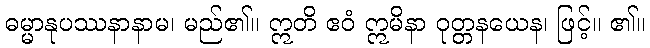
ဓမ္မာနုပဿနာနာမ၊ မည်၏။ ဣတိ ဧဝံ ဣမိနာ ဝုတ္တနယေန၊ ဖြင့်။ ၏။